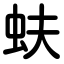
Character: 蚨